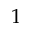
1